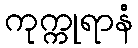
ကုက္ကုရာနံ